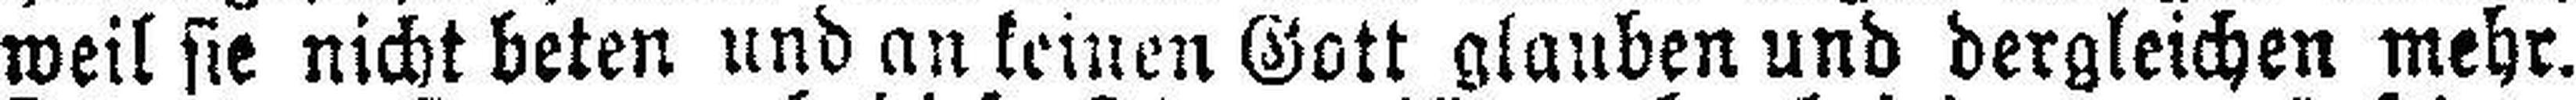
weil sie nicht beten und an keinen Gott glauben und dergleichen mehr.